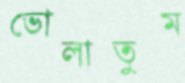
ভোলাতুম